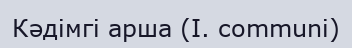
Кәдімгі арша (І. communі)